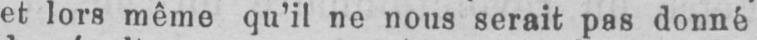
et lors même qu’il ne nous serait pas donné